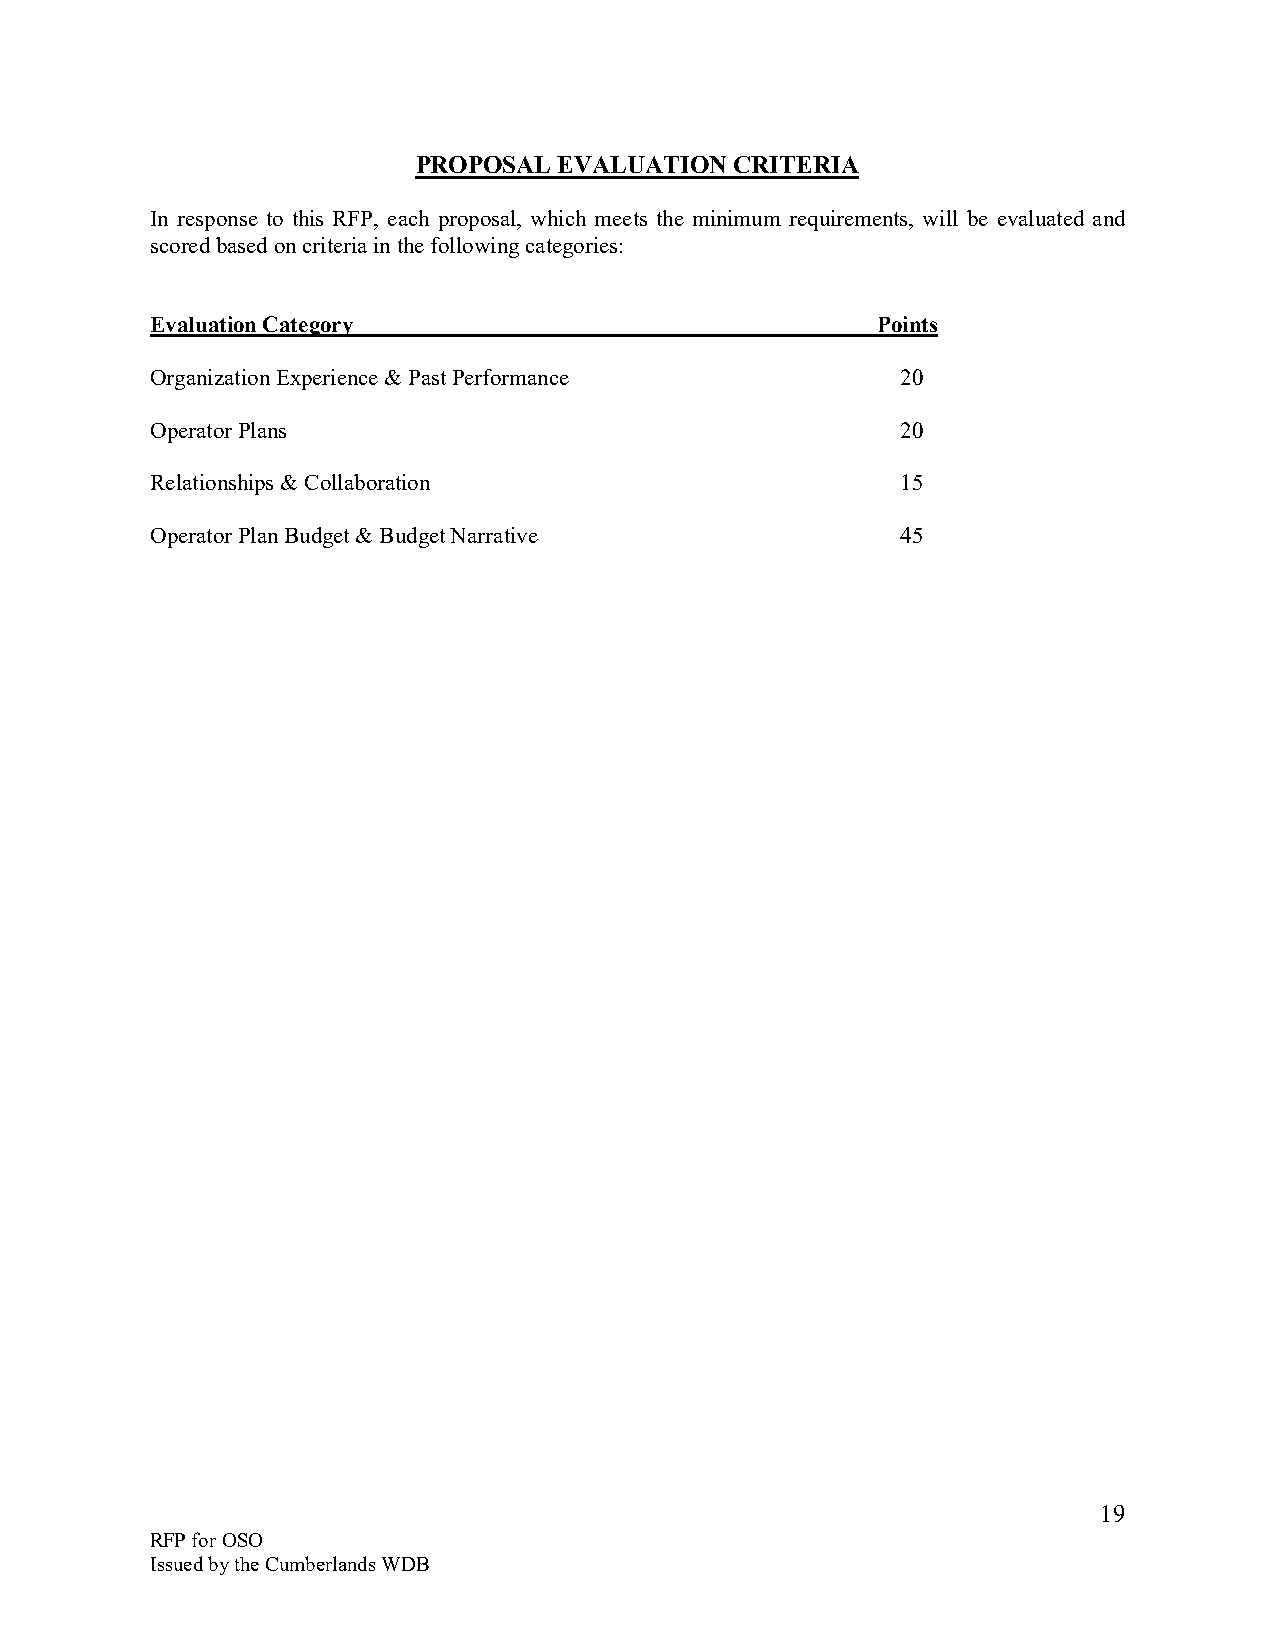
PROPOSAL EVALUATION  CRITERIA
 In response to this RFP, each proposal, which meets the minimum requirements, will be evaluated and
 scored based on criteria in the following categories:
 Evaluation Category                             Points
 Organization Experience & Past Performance        20
 Operator Plans                                    20
 Relationships & Collaboration                     15
 Operator Plan Budget & Budget Narrative           45
 19
 RFP for OSO
 Issued by the Cumberlands WDB